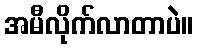
အမီလိုက်လာတာပဲ။